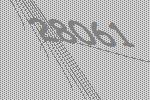
28061